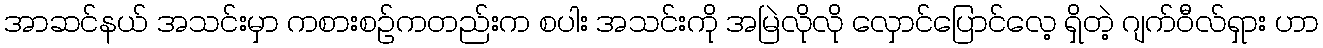
အာဆင်နယ် အသင်းမှာ ကစားစဉ်ကတည်းက စပါး အသင်းကို အမြဲလိုလို လှောင်ပြောင်လေ့ ရှိတဲ့ ဂျက်ဝီလ်ရှား ဟာ